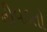
નીવડતો